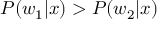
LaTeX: P ( w _ { 1 } | x ) > P ( w _ { 2 } | x )